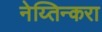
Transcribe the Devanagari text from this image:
नेय्तिन्करा